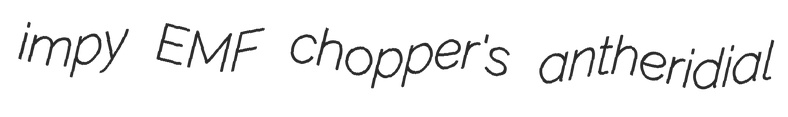
impy EMF chopper's antheridial